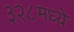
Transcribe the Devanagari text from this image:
३२८मध्ये